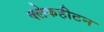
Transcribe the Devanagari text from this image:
क्लेकहीटन